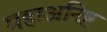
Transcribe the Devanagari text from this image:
महाअनिष्ट